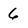
Character: 6